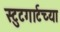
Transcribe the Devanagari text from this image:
स्टुटगार्टच्या